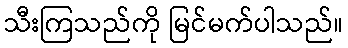
သီးကြသည်ကို မြင်မက်ပါသည်။